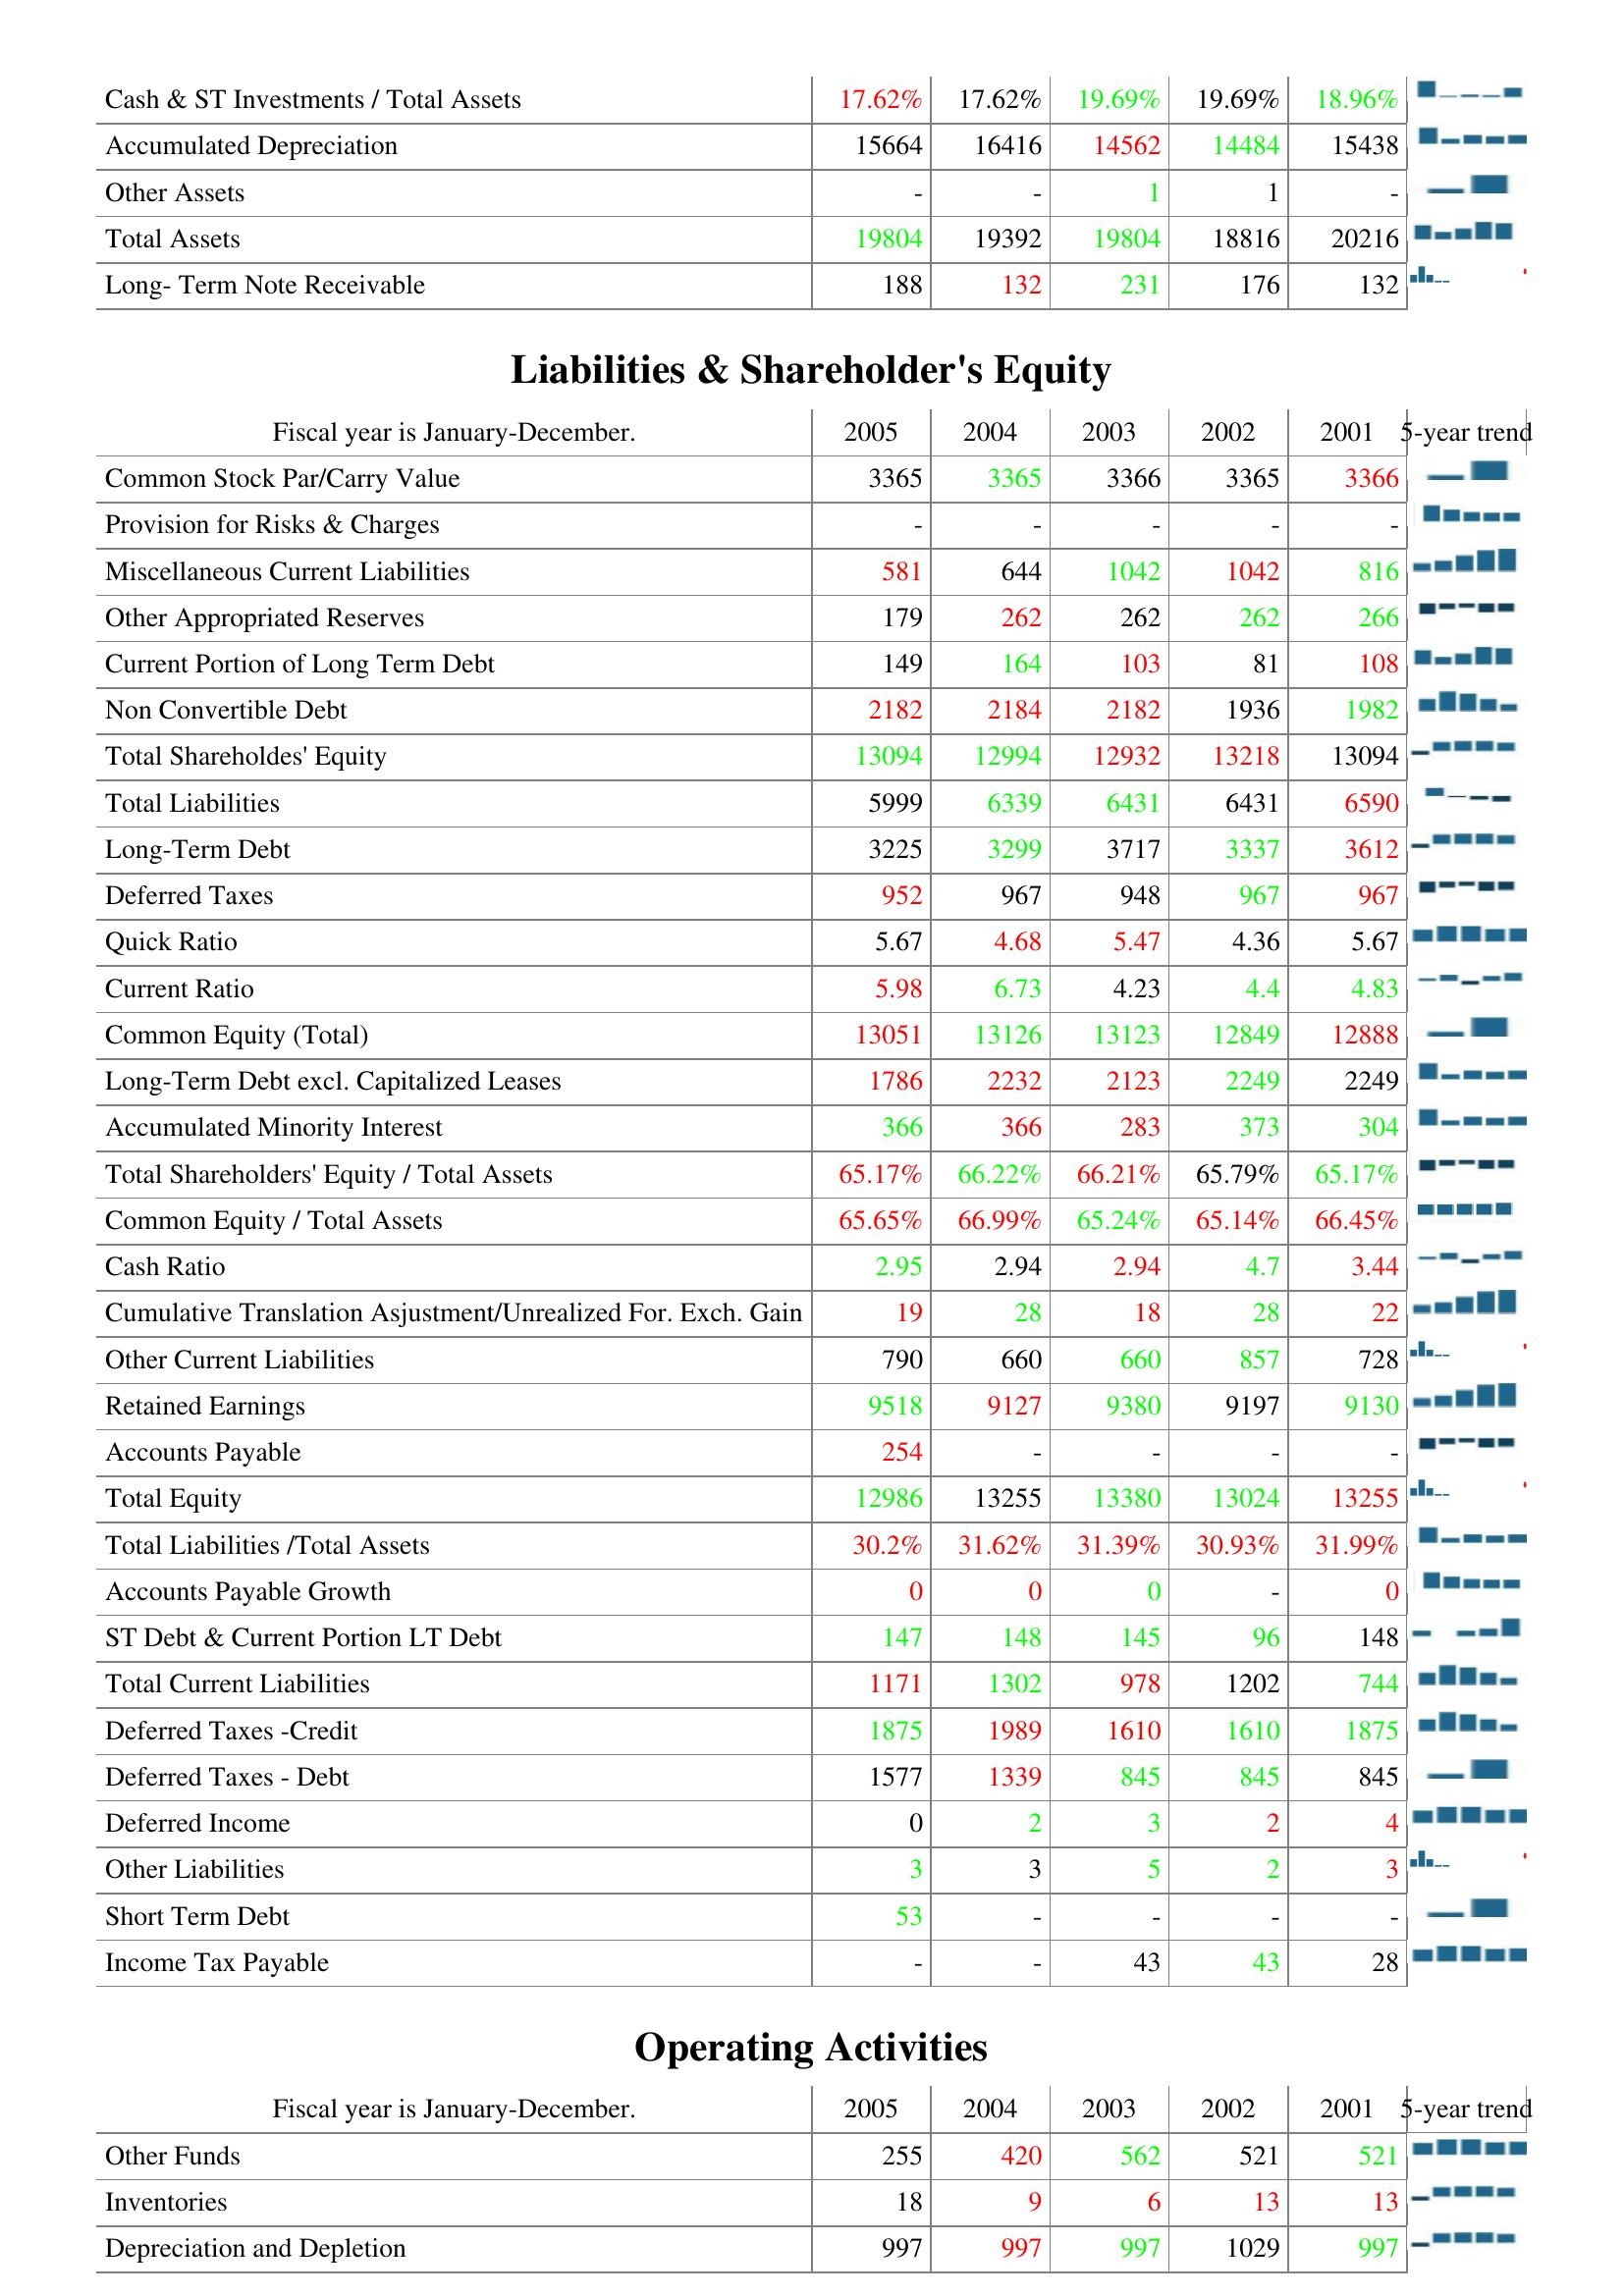
2005: Assets: Cash & ST Investments / Total Assets: 17.62%
Accumulated Depreciation: 15664
Other Assets: -
Total Assets: 19804
Long- Term Note Receivable: 188
Liabilities & Shareholder's Equity: Common Stock Par/Carry Value: 3365
Provision for Risks & Charges: -
Miscellaneous Current Liabilities: 581
Other Appropriated Reserves: 179
Current Portion of Long Term Debt: 149
Non Convertible Debt: 2182
Total Shareholdes' Equity: 13094
Total Liabilities: 5999
Long-Term Debt: 3225
Deferred Taxes: 952
Quick Ratio: 5.67
Current Ratio: 5.98
Common Equity (Total): 13051
Long-Term Debt excl. Capitalized Leases: 1786
Accumulated Minority Interest: 366
Total Shareholders' Equity / Total Assets: 65.17%
Common Equity / Total Assets: 65.65%
Cash Ratio: 2.95
Cumulative Translation Asjustment/Unrealized For. Exch. Gain: 19
Other Current Liabilities: 790
Retained Earnings: 9518
Accounts Payable: 254
Total Equity: 12986
Total Liabilities /Total Assets: 30.2%
Accounts Payable Growth: 0
ST Debt & Current Portion LT Debt: 147
Total Current Liabilities: 1171
Deferred Taxes -Credit: 1875
Deferred Taxes - Debt: 1577
Deferred Income: 0
Other Liabilities: 3
Short Term Debt: 53
Income Tax Payable: -
Operating Activities: Other Funds: 255
Inventories: 18
Depreciation and Depletion: 997
2004: Assets: Cash & ST Investments / Total Assets: 17.62%
Accumulated Depreciation: 16416
Other Assets: -
Total Assets: 19392
Long- Term Note Receivable: 132
Liabilities & Shareholder's Equity: Common Stock Par/Carry Value: 3365
Provision for Risks & Charges: -
Miscellaneous Current Liabilities: 644
Other Appropriated Reserves: 262
Current Portion of Long Term Debt: 164
Non Convertible Debt: 2184
Total Shareholdes' Equity: 12994
Total Liabilities: 6339
Long-Term Debt: 3299
Deferred Taxes: 967
Quick Ratio: 4.68
Current Ratio: 6.73
Common Equity (Total): 13126
Long-Term Debt excl. Capitalized Leases: 2232
Accumulated Minority Interest: 366
Total Shareholders' Equity / Total Assets: 66.22%
Common Equity / Total Assets: 66.99%
Cash Ratio: 2.94
Cumulative Translation Asjustment/Unrealized For. Exch. Gain: 28
Other Current Liabilities: 660
Retained Earnings: 9127
Accounts Payable: -
Total Equity: 13255
Total Liabilities /Total Assets: 31.62%
Accounts Payable Growth: 0
ST Debt & Current Portion LT Debt: 148
Total Current Liabilities: 1302
Deferred Taxes -Credit: 1989
Deferred Taxes - Debt: 1339
Deferred Income: 2
Other Liabilities: 3
Short Term Debt: -
Income Tax Payable: -
Operating Activities: Other Funds: 420
Inventories: 9
Depreciation and Depletion: 997
2003: Assets: Cash & ST Investments / Total Assets: 19.69%
Accumulated Depreciation: 14562
Other Assets: 1
Total Assets: 19804
Long- Term Note Receivable: 231
Liabilities & Shareholder's Equity: Common Stock Par/Carry Value: 3366
Provision for Risks & Charges: -
Miscellaneous Current Liabilities: 1042
Other Appropriated Reserves: 262
Current Portion of Long Term Debt: 103
Non Convertible Debt: 2182
Total Shareholdes' Equity: 12932
Total Liabilities: 6431
Long-Term Debt: 3717
Deferred Taxes: 948
Quick Ratio: 5.47
Current Ratio: 4.23
Common Equity (Total): 13123
Long-Term Debt excl. Capitalized Leases: 2123
Accumulated Minority Interest: 283
Total Shareholders' Equity / Total Assets: 66.21%
Common Equity / Total Assets: 65.24%
Cash Ratio: 2.94
Cumulative Translation Asjustment/Unrealized For. Exch. Gain: 18
Other Current Liabilities: 660
Retained Earnings: 9380
Accounts Payable: -
Total Equity: 13380
Total Liabilities /Total Assets: 31.39%
Accounts Payable Growth: 0
ST Debt & Current Portion LT Debt: 145
Total Current Liabilities: 978
Deferred Taxes -Credit: 1610
Deferred Taxes - Debt: 845
Deferred Income: 3
Other Liabilities: 5
Short Term Debt: -
Income Tax Payable: 43
Operating Activities: Other Funds: 562
Inventories: 6
Depreciation and Depletion: 997
2002: Assets: Cash & ST Investments / Total Assets: 19.69%
Accumulated Depreciation: 14484
Other Assets: 1
Total Assets: 18816
Long- Term Note Receivable: 176
Liabilities & Shareholder's Equity: Common Stock Par/Carry Value: 3365
Provision for Risks & Charges: -
Miscellaneous Current Liabilities: 1042
Other Appropriated Reserves: 262
Current Portion of Long Term Debt: 81
Non Convertible Debt: 1936
Total Shareholdes' Equity: 13218
Total Liabilities: 6431
Long-Term Debt: 3337
Deferred Taxes: 967
Quick Ratio: 4.36
Current Ratio: 4.4
Common Equity (Total): 12849
Long-Term Debt excl. Capitalized Leases: 2249
Accumulated Minority Interest: 373
Total Shareholders' Equity / Total Assets: 65.79%
Common Equity / Total Assets: 65.14%
Cash Ratio: 4.7
Cumulative Translation Asjustment/Unrealized For. Exch. Gain: 28
Other Current Liabilities: 857
Retained Earnings: 9197
Accounts Payable: -
Total Equity: 13024
Total Liabilities /Total Assets: 30.93%
Accounts Payable Growth: -
ST Debt & Current Portion LT Debt: 96
Total Current Liabilities: 1202
Deferred Taxes -Credit: 1610
Deferred Taxes - Debt: 845
Deferred Income: 2
Other Liabilities: 2
Short Term Debt: -
Income Tax Payable: 43
Operating Activities: Other Funds: 521
Inventories: 13
Depreciation and Depletion: 1029
2001: Assets: Cash & ST Investments / Total Assets: 18.96%
Accumulated Depreciation: 15438
Other Assets: -
Total Assets: 20216
Long- Term Note Receivable: 132
Liabilities & Shareholder's Equity: Common Stock Par/Carry Value: 3366
Provision for Risks & Charges: -
Miscellaneous Current Liabilities: 816
Other Appropriated Reserves: 266
Current Portion of Long Term Debt: 108
Non Convertible Debt: 1982
Total Shareholdes' Equity: 13094
Total Liabilities: 6590
Long-Term Debt: 3612
Deferred Taxes: 967
Quick Ratio: 5.67
Current Ratio: 4.83
Common Equity (Total): 12888
Long-Term Debt excl. Capitalized Leases: 2249
Accumulated Minority Interest: 304
Total Shareholders' Equity / Total Assets: 65.17%
Common Equity / Total Assets: 66.45%
Cash Ratio: 3.44
Cumulative Translation Asjustment/Unrealized For. Exch. Gain: 22
Other Current Liabilities: 728
Retained Earnings: 9130
Accounts Payable: -
Total Equity: 13255
Total Liabilities /Total Assets: 31.99%
Accounts Payable Growth: 0
ST Debt & Current Portion LT Debt: 148
Total Current Liabilities: 744
Deferred Taxes -Credit: 1875
Deferred Taxes - Debt: 845
Deferred Income: 4
Other Liabilities: 3
Short Term Debt: -
Income Tax Payable: 28
Operating Activities: Other Funds: 521
Inventories: 13
Depreciation and Depletion: 997